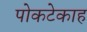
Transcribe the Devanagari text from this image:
पोकटेकाह